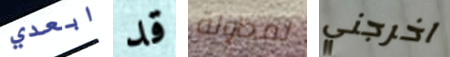
ابعدي قد لمحاولة اخرجني